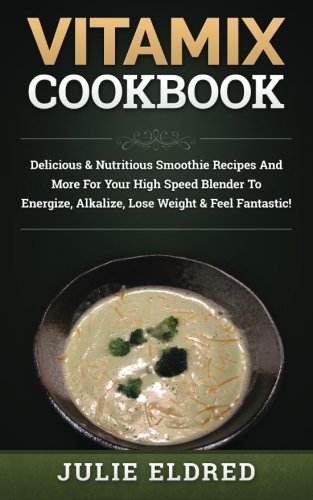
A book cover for Vitamix Cookbook: Delicious & Nutritious Smoothie Recipes And More For Your High Speed Blender To Energize, Alkalize, Lose Weight & Feel Fantastic!; Julie Eldred; Cookbooks, Food & Wine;